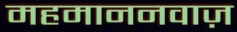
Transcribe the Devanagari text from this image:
महमाननवाज़